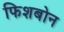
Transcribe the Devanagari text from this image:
फिशबोन